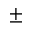
\pm